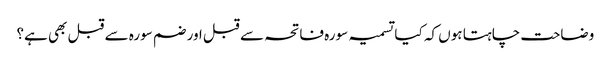
وضاحت چاہتا ہوں کہ کیا تسمیہ سورہ فاتحہ سے قبل اور ضم سورہ سے قبل بھی ہے؟